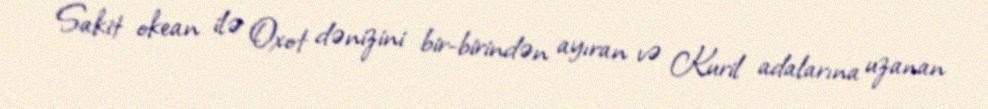
Sakit okean ilə Oxot dənizini bir-birindən ayıran və Kuril adalarına uzanan